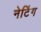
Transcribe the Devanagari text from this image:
नेटिंग